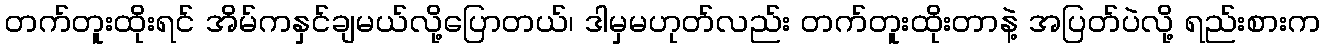
တက်တူးထိုးရင် အိမ်ကနှင်ချမယ်လို့ပြောတယ်၊ ဒါမှမဟုတ်လည်း တက်တူးထိုးတာနဲ့ အပြတ်ပဲလို့ ရည်းစားက